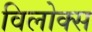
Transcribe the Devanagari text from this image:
विलोक्स